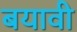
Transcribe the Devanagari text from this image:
बयावी